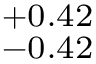
^ { + 0 . 4 2 } _ { - 0 . 4 2 }